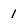
Character: 1